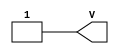
/*
 *  yosys -- Yosys Open SYnthesis Suite
 *
 *  Copyright (C) 2012  Claire Xenia Wolf <claire@yosyshq.com>
 *
 *  Permission to use, copy, modify, and/or distribute this software for any
 *  purpose with or without fee is hereby granted, provided that the above
 *  copyright notice and this permission notice appear in all copies.
 *
 *  THE SOFTWARE IS PROVIDED "AS IS" AND THE AUTHOR DISCLAIMS ALL WARRANTIES
 *  WITH REGARD TO THIS SOFTWARE INCLUDING ALL IMPLIED WARRANTIES OF
 *  MERCHANTABILITY AND FITNESS. IN NO EVENT SHALL THE AUTHOR BE LIABLE FOR
 *  ANY SPECIAL, DIRECT, INDIRECT, OR CONSEQUENTIAL DAMAGES OR ANY DAMAGES
 *  WHATSOEVER RESULTING FROM LOSS OF USE, DATA OR PROFITS, WHETHER IN AN
 *  ACTION OF CONTRACT, NEGLIGENCE OR OTHER TORTIOUS ACTION, ARISING OUT OF
 *  OR IN CONNECTION WITH THE USE OR PERFORMANCE OF THIS SOFTWARE.
 *
 */
module VCC (output V);
   assign V = 1'b1;
endmodule // VCC

module GND (output G);
   assign G = 1'b0;
endmodule // GND

/* Altera Cyclone V devices Input Buffer Primitive */
module cyclonev_io_ibuf
  (output o,
   (* iopad_external_pin *) input i,
   (* iopad_external_pin *) input ibar,
   input dynamicterminationcontrol);

   parameter differential_mode = "false";
   parameter bus_hold = "false";
   parameter simulate_z_as = "Z";
   parameter lpm_type = "cyclonev_io_ibuf";

   assign o    = i;
endmodule // cyclonev_io_ibuf

/* Altera Cyclone V devices Output Buffer Primitive */
module cyclonev_io_obuf
  ((* iopad_external_pin *) output o,
   input i, oe, dynamicterminationcontrol,
   input [15:0] seriesterminationcontrol, parallelterminationcontrol,
   input devoe,
   (* iopad_external_pin *) output obar);

   parameter open_drain_output = "false";
   parameter bus_hold = "false";
   parameter shift_series_termination_control = "false";
   parameter sim_dynamic_termination_control_is_connected = "false";
   parameter lpm_type = "cyclonev_io_obuf";

   assign o  = oe ? i : 1'bz;
endmodule // cyclonev_io_obuf

/* Altera Cyclone V LUT Primitive */
module cyclonev_lcell_comb
  (output combout, cout, sumout, shareout,
   input dataa, datab, datac, datad,
   input datae, dataf, datag, cin,
   input sharein);

   parameter lut_mask      = 64'hFFFFFFFFFFFFFFFF;
   parameter dont_touch    = "off";
   parameter lpm_type      = "cyclonev_lcell_comb";
   parameter shared_arith  = "off";
   parameter extended_lut  = "off";

   // Internal variables
   // Sub mask for fragmented LUTs
   wire [15:0] mask_a, mask_b, mask_c, mask_d;
   // Independent output for fragmented LUTs
   wire        output_0, output_1, output_2, output_3;
   // Extended mode uses mux to define the output
   wire        mux_0, mux_1;
   // Input for hold the shared LUT mode value
   wire        shared_lut_alm;

   // Simulation model of 4-input LUT
   function lut4;
      input [15:0] mask;
      input        dataa, datab, datac, datad;
      reg [7:0]    s3;
      reg [3:0]    s2;
      reg [1:0]    s1;
      begin
         s3   = datad ? mask[15:8] : mask[7:0];
         s2   = datac ?   s3[7:4]  :   s3[3:0];
         s1   = datab ?   s2[3:2]  :   s2[1:0];
         lut4 = dataa ? s1[1] : s1[0];
      end
   endfunction // lut4

   // Simulation model of 5-input LUT
   function lut5;
      input [31:0] mask; // wp-01003.pdf, page 3: "a 5-LUT can be built with two 4-LUTs and a multiplexer.
      input        dataa, datab, datac, datad, datae;
      reg          upper_lut_value;
      reg          lower_lut_value;
      begin
         upper_lut_value = lut4(mask[31:16], dataa, datab, datac, datad);
         lower_lut_value = lut4(mask[15:0], dataa, datab, datac, datad);
         lut5            = (datae) ? upper_lut_value : lower_lut_value;
      end
   endfunction // lut5

   // Simulation model of 6-input LUT
   function lut6;
      input [63:0] mask;
      input        dataa, datab, datac, datad, datae, dataf;
      reg          upper_lut_value;
      reg          lower_lut_value;
      reg          out_0, out_1, out_2, out_3;
      begin
         upper_lut_value = lut5(mask[63:32], dataa, datab, datac, datad, datae);
         lower_lut_value = lut5(mask[31:0], dataa, datab, datac, datad, datae);
         lut6            = (dataf) ?  upper_lut_value : lower_lut_value;
      end
   endfunction // lut6

   assign {mask_a, mask_b, mask_c, mask_d} = {lut_mask[15:0], lut_mask[31:16], lut_mask[47:32], lut_mask[63:48]};
`ifdef ADVANCED_ALM
   always @(*) begin
      if(extended_lut == "on")
        shared_lut_alm = datag;
      else
        shared_lut_alm = datac;
      // Build the ALM behaviour
      out_0 = lut4(mask_a, dataa, datab, datac, datad);
      out_1 = lut4(mask_b, dataa, datab, shared_lut_alm, datad);
      out_2 = lut4(mask_c, dataa, datab, datac, datad);
      out_3 = lut4(mask_d, dataa, datab, shared_lut_alm, datad);
   end
`else
   `ifdef DEBUG
       initial $display("Advanced ALM lut combine is not implemented yet");
   `endif
`endif
endmodule // cyclonev_lcell_comb


/* Altera D Flip-Flop Primitive */
module dffeas
  (output q,
   input d, clk, clrn, prn, ena,
   input asdata, aload, sclr, sload);

   // Timing simulation is not covered
   parameter power_up="dontcare";
   parameter is_wysiwyg="false";

   reg   q_tmp;
   wire  reset;
   reg [7:0] debug_net;

   assign reset       = (prn && sclr && ~clrn && ena);
   assign q           = q_tmp & 1'b1;

   always @(posedge clk, posedge aload) begin
      if(reset)        q_tmp <= 0;
      else q_tmp <= d;
   end
   assign q = q_tmp;

endmodule // dffeas